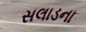
સલાડના